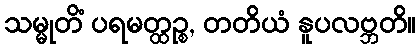
သမ္မုတိံ ပရမတ္ထဉ္စ, တတိယံ နူပလဗ္ဘတိ။